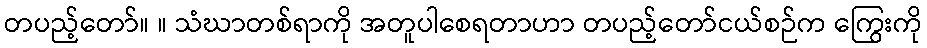
တပည့်တော်။ ။ သံဃာတစ်ရာကို အတူပါစေရတာဟာ တပည့်တော်ငယ်စဉ်က ကြွေးကို